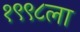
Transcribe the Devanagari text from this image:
१९९८ला